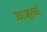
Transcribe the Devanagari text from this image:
उठा।मृतकों